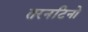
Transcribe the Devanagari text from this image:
तरनटिनो